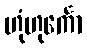
ဟုံဟုင်္ကော